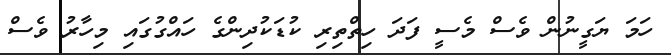
ހަމަ ޔަގީނުން ވެސް މެސީ ފަދަ ހިތްތިރި ކުޑަކުދިންގެ ހައްގުގައި މިހާރު ވެސް